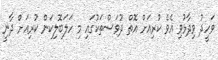
ވަހީދު ވިދާޅުވި އެވެ ކުރިއަށް އޮތް ދުވަސްތަކުގައި މި ހަލަބޮލިކަން ކުރިއަށް ދާނީ